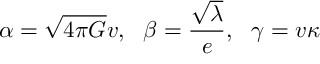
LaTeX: \alpha = \sqrt { 4 \pi G } v , \ \ \beta = \frac { \sqrt { \lambda } } { e } , \ \ \gamma = v \kappa